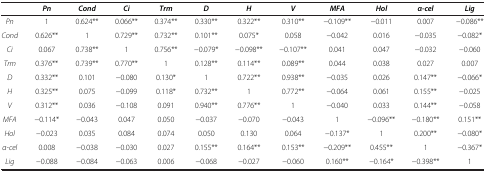
|  | Pn | Cond | Ci | Trm | D | H | V | MFA | Hol | α-cel | Lig |
 | --- | --- | --- | --- | --- | --- | --- | --- | --- | --- | --- | --- |
 | Pn | 1 | 0.624** | 0.066** | 0.374** | 0.330** | 0.322** | 0.310** | −0.109** | −0.011 | 0.007 | −0.086** |
 | Cond | 0.626** | 1 | 0.729** | 0.732** | 0.101** | 0.075* | 0.058 | −0.042 | 0.016 | −0.035 | −0.082* |
 | Ci | 0.067 | 0.738** | 1 | 0.756** | −0.079* | −0.098** | −0.107** | 0.041 | 0.047 | −0.032 | −0.060 |
 | Trm | 0.376** | 0.739** | 0.770** | 1 | 0.128** | 0.114** | 0.089** | 0.044 | 0.038 | 0.027 | 0.007 |
 | D | 0.332** | 0.101 | −0.080 | 0.130* | 1 | 0.722** | 0.938** | −0.035 | 0.026 | 0.147** | −0.066* |
 | H | 0.325** | 0.075 | −0.099 | 0.118* | 0.732** | 1 | 0.772** | −0.064 | 0.061 | 0.155** | −0.025 |
 | V | 0.312** | 0.036 | −0.108 | 0.091 | 0.940** | 0.776** | 1 | −0.040 | 0.033 | 0.144** | −0.058 |
 | MFA | −0.114* | −0.043 | 0.047 | 0.050 | −0.037 | −0.070 | −0.043 | 1 | −0.096** | −0.180** | 0.151** |
 | Hol | −0.023 | 0.035 | 0.084 | 0.074 | 0.050 | 0.130 | 0.064 | −0.137* | 1 | 0.200** | −0.080* |
 | α-cel | 0.008 | −0.038 | −0.030 | 0.027 | 0.155** | 0.164** | 0.153** | −0.209** | 0.455** | 1 | −0.367* |
 | Lig | −0.088 | −0.084 | −0.063 | 0.006 | −0.068 | −0.027 | −0.060 | 0.160** | −0.164* | −0.398** | 1 |